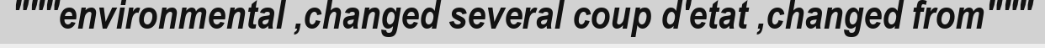
"""environmental ,changed several coup d'etat ,changed from"""